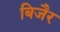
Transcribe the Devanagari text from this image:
बिजैर